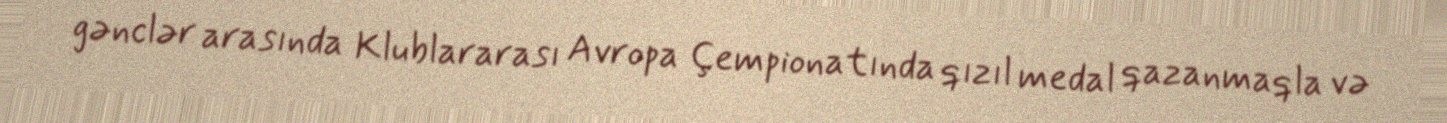
gənclər arasında Klublararası Avropa Çempionatında qızıl medal qazanmaqla və